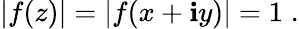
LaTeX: \left|f(z)\right|=\left|f(x+\mathbf{i}y)\right|=1\; .